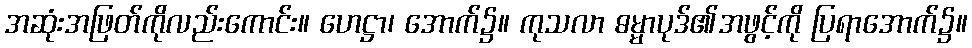
အဆုံးအဖြတ်ကိုလည်းကောင်း။ ဟေဋ္ဌာ၊ အောက်၌။ ကုသလာ ဓမ္မာပုဒ်၏အဖွင့်ကို ပြရာအောက်၌။